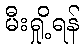
မီးရှို့ရန်